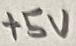
Text: +5V